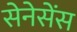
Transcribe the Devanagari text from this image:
सेनेसेंस